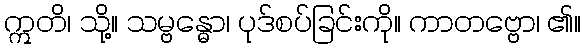
ဣတိ၊ သို့။ သမ္ဗန္ဓော၊ ပုဒ်စပ်ခြင်းကို။ ကာတဗ္ဗော၊ ၏။